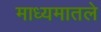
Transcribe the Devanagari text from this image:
माध्यमातले